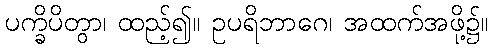
ပက္ခိပိတွာ၊ ထည့်၍။ ဥပရိဘာဂေ၊ အထက်အဖို့၌။